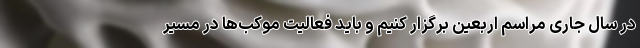
در سال جاری مراسم اربعین برگزار کنیم و باید فعالیت موکب‌ها در مسیر